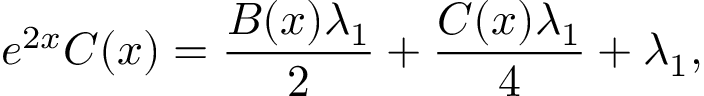
e ^ { 2 x } C ( x ) = \frac { B ( x ) \lambda _ { 1 } } { 2 } + \frac { C ( x ) \lambda _ { 1 } } { 4 } + \lambda _ { 1 } ,